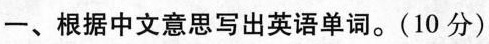
一、根据中文意思写出英语单词。(10分)